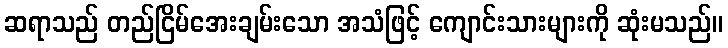
ဆရာသည် တည်ငြိမ်အေးချမ်းသော အသံဖြင့် ကျောင်းသားများကို ဆုံးမသည်။